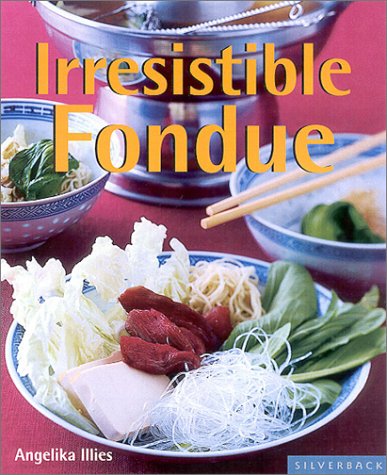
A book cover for Irresistible Fondues (Quick & Easy); Angelika Illies; Cookbooks, Food & Wine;